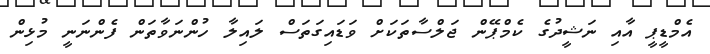
އެމްޑީޕީ އާއި ނަޝީދުގެ ކެމްޕޭން ޖަލްސާތަކަށް ވަޑައިގަތަސް ލައިލާ ހުންނަވާތަން ފެންނަނީ މުޅިން